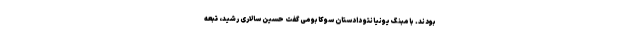
بودند. بامبنگ یونیانتو دادستان سوکابومی گفت حسین سالاری رشید، تبعه